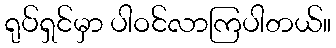
ရုပ်ရှင်မှာ ပါဝင်လာကြပါတယ်။